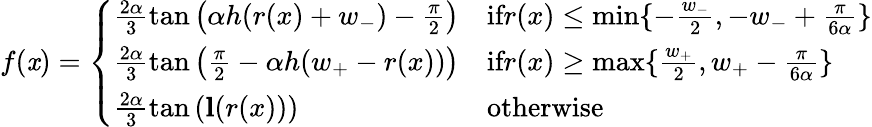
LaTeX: f(\mathit{x})=\left\{ \begin{array}{ll}{\frac{2\alpha}{3}\tan\left(\alpha h(r(x)+w_{-})-\frac{\pi}{2}\right)}&{\textnormal{if}r(x)\le\operatorname*{min}\{ -\frac{w_{-}}{2},-w_{-}+\frac{\pi}{6\alpha}\} }\\ {\frac{2\alpha}{3}\tan\left(\frac{\pi}{2}-\alpha h(w_{+}-r(x))\right)}&{\textnormal{if}r(x)\ge\operatorname*{max}\{ \frac{w_{+}}{2},w_{+}-\frac{\pi}{6\alpha}\} }\\ {\frac{2\alpha}{3}\tan\left(\mathbf{l}(r(x))\right)}&{\textnormal{otherwise}}\end{array}\right.